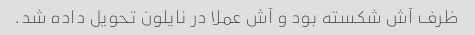
ظرف آش شکسته بود و آش عملا در نایلون تحویل داده شد.